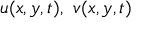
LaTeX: u ( x , y , t ) , \ v ( x , y , t )